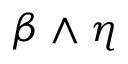
\beta \wedge \eta